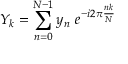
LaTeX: Y _ { k } = \sum _ { n = 0 } ^ { N - 1 } y _ { n } \ e ^ { - i 2 \pi { \frac { n k } { N } } }